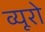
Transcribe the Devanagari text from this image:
व्‍यूरो